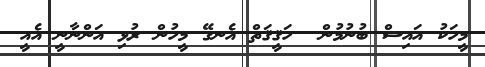
މީހަކު އައިސް ބުނުމުން  ހަޤީޤަތް އެނގޭ މީހުން ރުޅި އަންނާނީ އެއީ